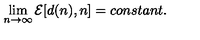
\lim _ { n \rightarrow \infty } { \cal E } [ d ( n ) , n ] = c o n s t a n t .